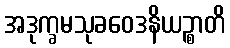
အဒုက္ခမသုခဝေဒနိယဉ္စာတိ